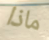
ماذا